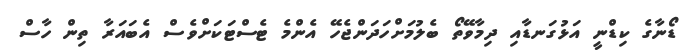
ޑޯނާގެ ކިޑްނީ އަޅުގަނޑާއި ދިމާވޭތޯ ބެލުމަށްހަދަންޖެހޭ އެންމެ ޓެސްޓަކަށްވެސް އެބައަރާ ތިން ހާސް